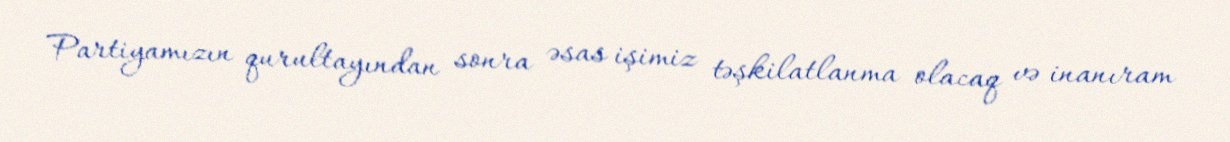
Partiyamızın qurultayından sonra əsas işimiz təşkilatlanma olacaq və inanıram